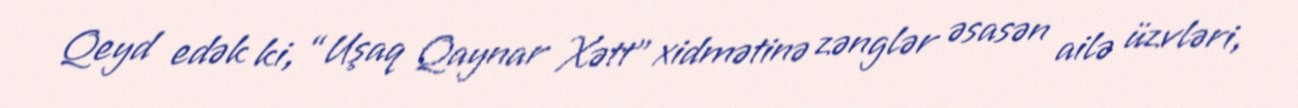
Qeyd edək ki, “Uşaq Qaynar Xətt” xidmətinə zənglər əsasən ailə üzvləri,